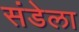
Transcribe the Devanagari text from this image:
संडेला